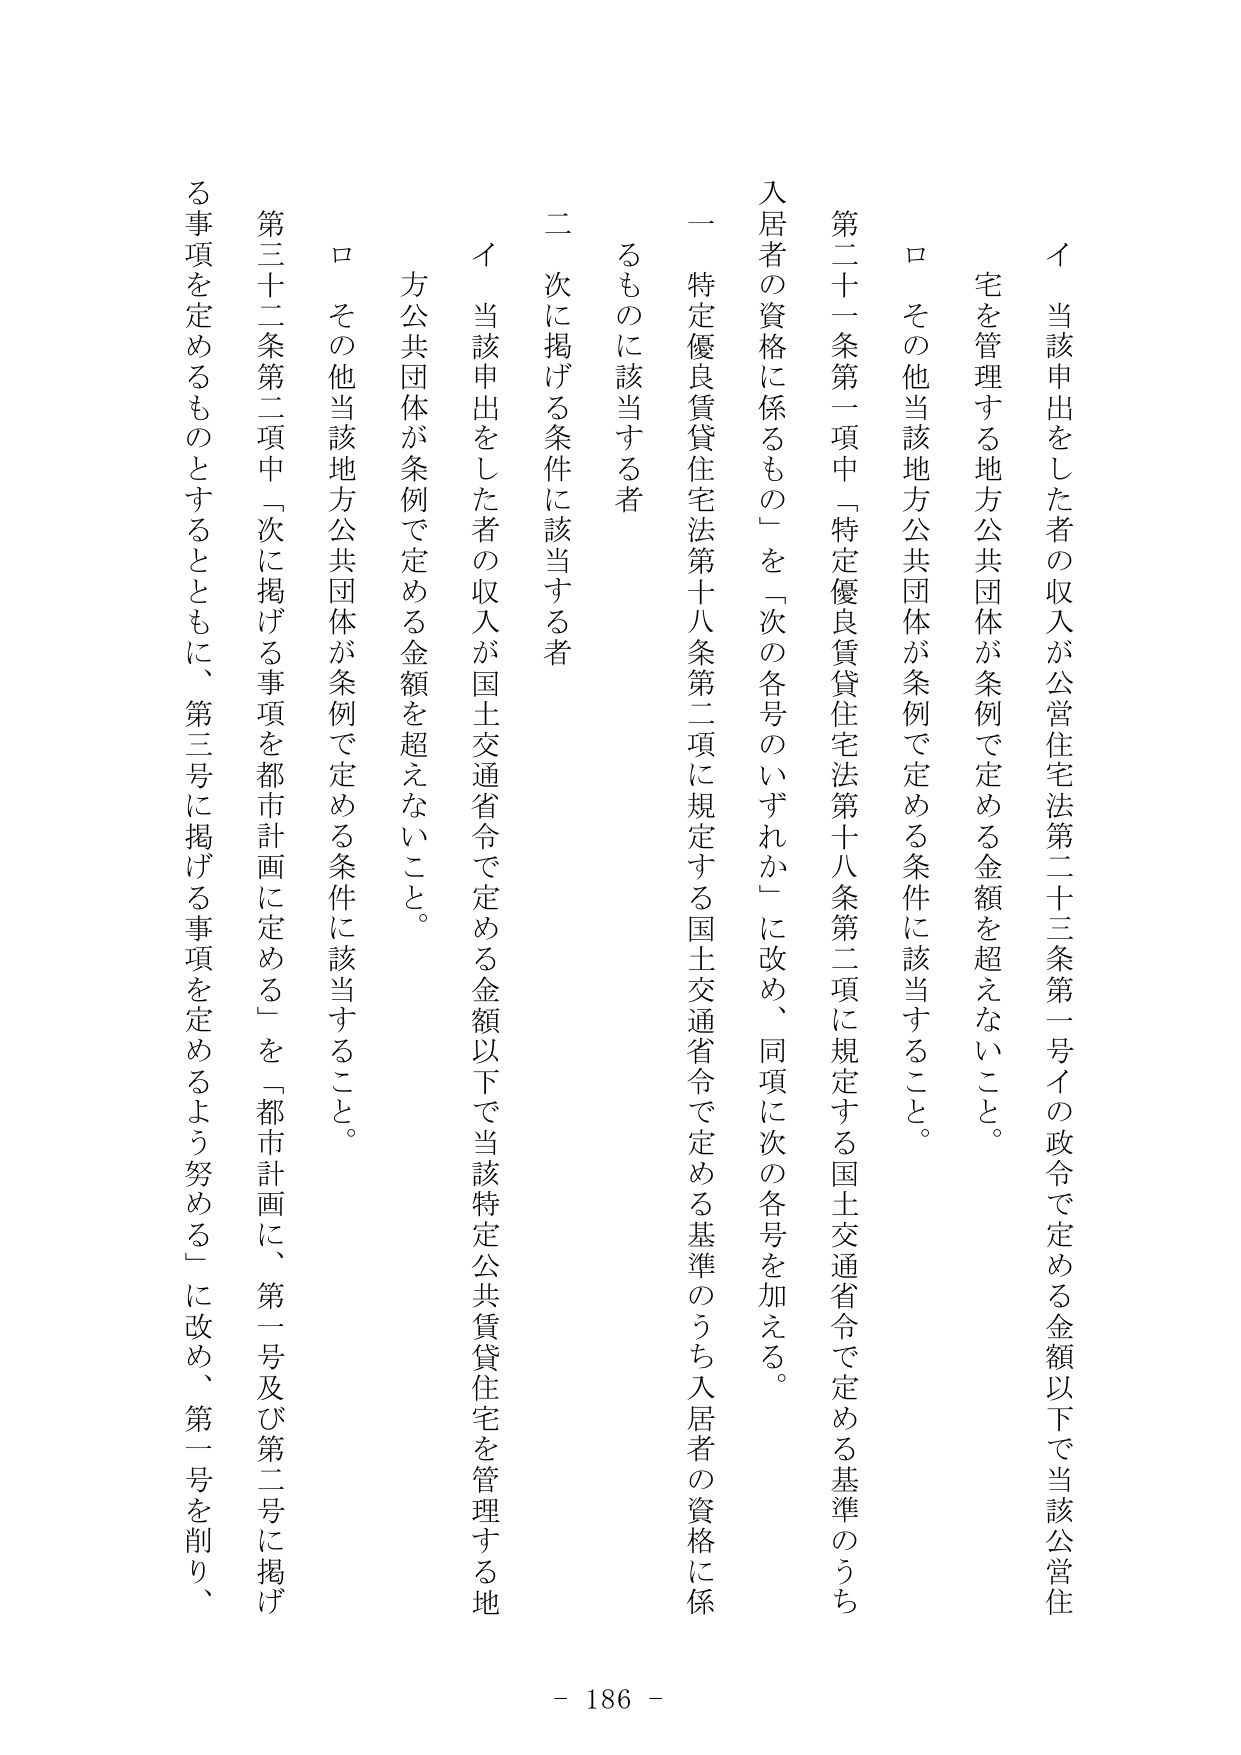
イ 当該申出をした者の収入が公営住宅法第二十三条第一号イの政令で定める金額以下で当該公営住宅を管理する地方公共団体が条例で定める金額を超えないこと。

ロ その他当該地方公共団体が条例で定める条件に該当すること。

第二十一条第一項中「特定優良賃貸住宅法第十八条第二項に規定する国土交通省令で定める基準のうち入居者の資格に係るもの」を「次の各号のいずれか」に改め、同項に次の各号を加える。

一 特定優良賃貸住宅法第十八条第二項に規定する国土交通省令で定める基準のうち入居者の資格に係るものに該当する者

二 次に掲げる条件に該当する者

イ 当該申出をした者の収入が国土交通省令で定める金額以下で当該特定公共賃貸住宅を管理する地方公共団体が条例で定める金額を超えないこと。

ロ その他当該地方公共団体が条例で定める条件に該当すること。

第三十二条第二項中「次に掲げる事項を都市計画に定める」を「都市計画に、第一号及び第二号に掲げる事項を定めるものとするとともに、第三号に掲げる事項を定めるよう努める」に改め、第一号を削り、

- 186 -